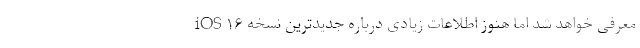
iOS ۱۶ معرفی خواهد شد اما هنوز اطلاعات زیادی درباره جدیدترین نسخه